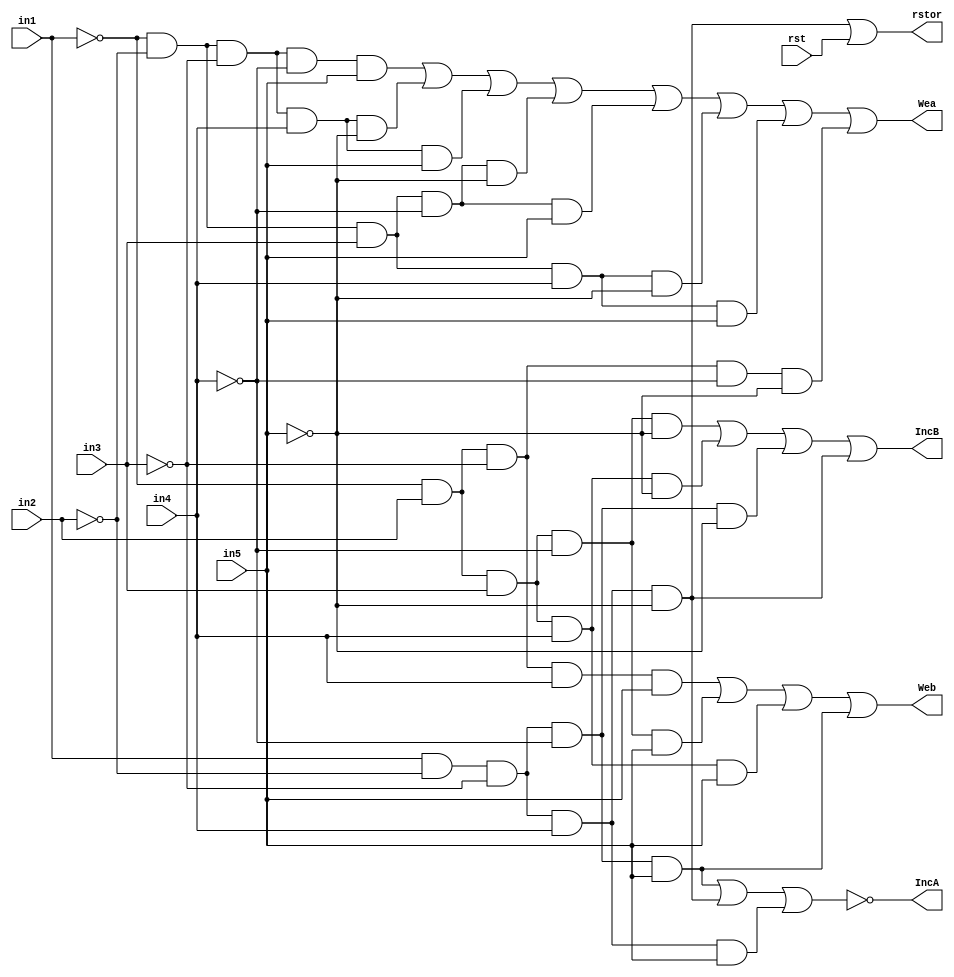
module controller(Wea,IncA,IncB,Web,rstor,in1,in2,in3,in4,in5,rst);

input in1,in2,in3,in4,in5,rst;
output wire Wea,IncA,IncB,Web,rstor;

and A(Wea1,~in1,~in2,~in3,~in4,in5);
and B(Wea2,~in1,~in2,~in3,in4,~in5);
and C(Wea3,~in1,~in2,~in3,in4,in5);
and D(Wea4,~in1,~in2,in3,~in4,~in5);
and E(Wea5,~in1,~in2,in3,~in4,in5);
and F(Wea6,~in1,~in2,in3,in4,~in5);
and G(Wea7,~in1,~in2,in3,in4,in5);
and H(Wea8,~in1,in2,~in3,~in4,~in5);

or one(Wea,Wea1,Wea2,Wea3,Wea4,Wea5,Wea6,Wea7,Wea8);

and I(IncA1,in1,~in2,~in3,~in4,in5);
and J(IncA2,in1,~in2,~in3,in4,~in5);
and K(IncA3,in1,~in2,~in3,in4,in5);

nor two(IncA,IncA1,IncA2,IncA3);

and L(IncB1,~in1,in2,in3,~in4,~in5);
and M(IncB2,~in1,in2,in3,in4,~in5);
and N(IncB3,in1,~in2,~in3,~in4,~in5);
and O(IncB4,in1,~in2,~in3,in4,~in5);

or three(IncB,IncB1,IncB2,IncB3,IncB4);

and P(Web1,~in1,in2,~in3,in4,in5);
and Q(Web2,~in1,in2,in3,~in4,in5);
and R(Web3,~in1,in2,in3,in4,in5);
and S(Web4,in1,~in2,~in3,~in4,in5);

or four(Web,Web1,Web2,Web3,Web4);

and T(RO,in1,~in2,~in3,in4,~in5);
or five(rstor, RO, rst);



endmodule